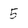
Character: 5